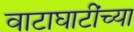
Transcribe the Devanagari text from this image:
वाटाघाटींच्या